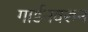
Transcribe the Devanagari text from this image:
गार्डनवरुन